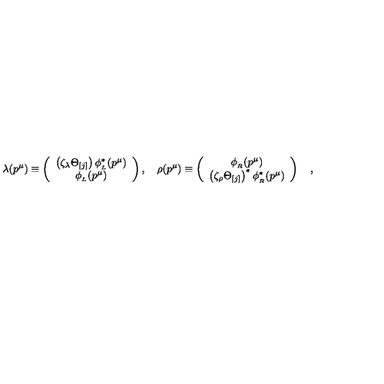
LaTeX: \lambda ( p ^ { \mu } ) \equiv \left( \begin{array} { c } { \left( \zeta _ { \lambda } \Theta _ { [ j ] } \right) \phi _ { _ L } ^ { \ast } ( p ^ { \mu } ) } \\ { \phi _ { _ L } ( p ^ { \mu } ) } \\ \end{array} \right) , \quad \rho ( p ^ { \mu } ) \equiv \left( \begin{array} { c } { \phi _ { _ R } ( p ^ { \mu } ) } \\ { \left( \zeta _ { \rho } \Theta _ { [ j ] } \right) ^ { \ast } \phi _ { _ R } ^ { \ast } ( p ^ { \mu } ) } \\ \end{array} \right) \quad ,